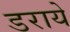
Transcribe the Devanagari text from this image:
डराये